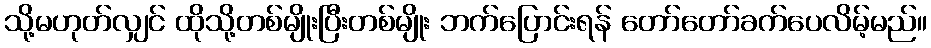
သို့မဟုတ်လျှင် ထိုသို့တစ်မျိုးပြီးတစ်မျိုး ဘက်ပြောင်းရန် တော်တော်ခက်ပေလိမ့်မည်။